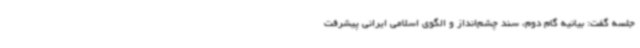
جلسه گفت: بیانیه گام دوم، سند چشم‌انداز و الگوی اسلامی ایرانی پیشرفت